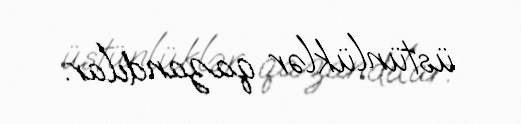
üstünlüklər qazandılar.